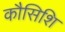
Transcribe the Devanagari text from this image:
कौसिशि